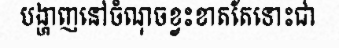
បង្ហាញនៅចំណុចខ្វះខាតតែទោះជា